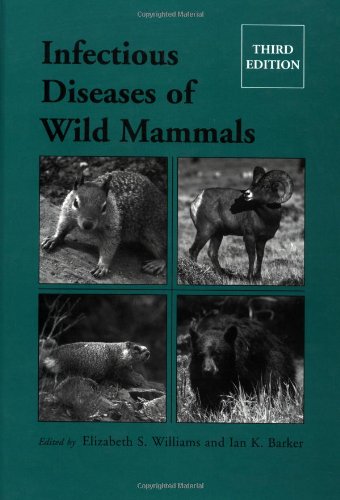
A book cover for Infectious Diseases of Wild Mammals; Medical Books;